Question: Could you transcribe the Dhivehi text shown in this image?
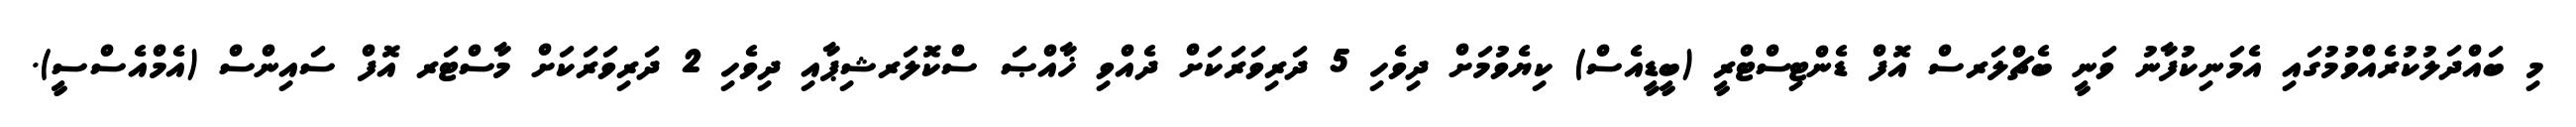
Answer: މި ބައްދަލުކުރެއްވުމުގައި އެމަނިކުފާނު ވަނީ ބެޗްލަރސް އޮފް ޑެންޓިސްޓްރީ (ބީޑީއެސް) ކިޔެވުމަށް ދިވެހި 5 ދަރިވަރަކަށް ދެއްވި ޚާއްޞަ ސްކޮލަރޝިޕާއި ދިވެހި 2 ދަރިވަރަކަށް މާސްޓަރ އޮފް ސައިންސް (އެމްއެސްސީ).